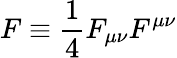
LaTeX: F\equiv\frac{1}{4}F_{\mu\nu}F^{\mu\nu}